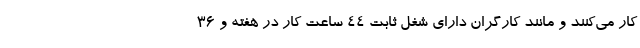
کار می‌کنند و مانند کارگران دارای شغل ثابت ۴۴ ساعت کار در هفته و ۳۶